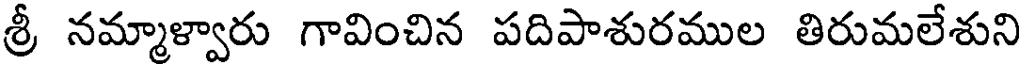
శ్రీ నమ్మాళ్వారు గావించిన పదిపాశురముల తిరుమలేశుని